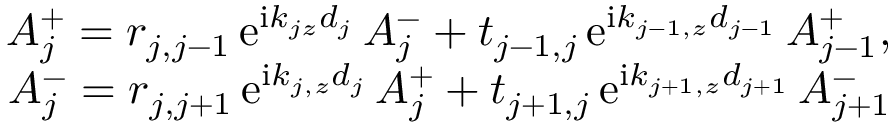
\begin{array} { r } { A _ { j } ^ { + } = r _ { j , j - 1 } \, \mathrm { e } ^ { \mathrm { i } k _ { j z } d _ { j } } \, A _ { j } ^ { - } + t _ { j - 1 , j } \, \mathrm { e } ^ { \mathrm { i } k _ { { j - 1 } , z } d _ { j - 1 } } \, A _ { j - 1 } ^ { + } , } \\ { A _ { j } ^ { - } = r _ { j , j + 1 } \, \mathrm { e } ^ { \mathrm { i } k _ { j , z } d _ { j } } \, A _ { j } ^ { + } + t _ { j + 1 , j } \, \mathrm { e } ^ { \mathrm { i } k _ { { j + 1 } , z } d _ { j + 1 } } \, A _ { j + 1 } ^ { - } } \end{array}